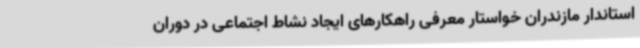
استاندار مازندران خواستار معرفی راهکارهای ایجاد نشاط اجتماعی در دوران